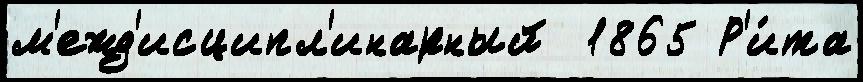
м'ежд'исципл'инарный  1865 Р'и́та